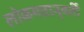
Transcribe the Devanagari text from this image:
लोकमतानुवर्ती